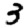
Digit: 3